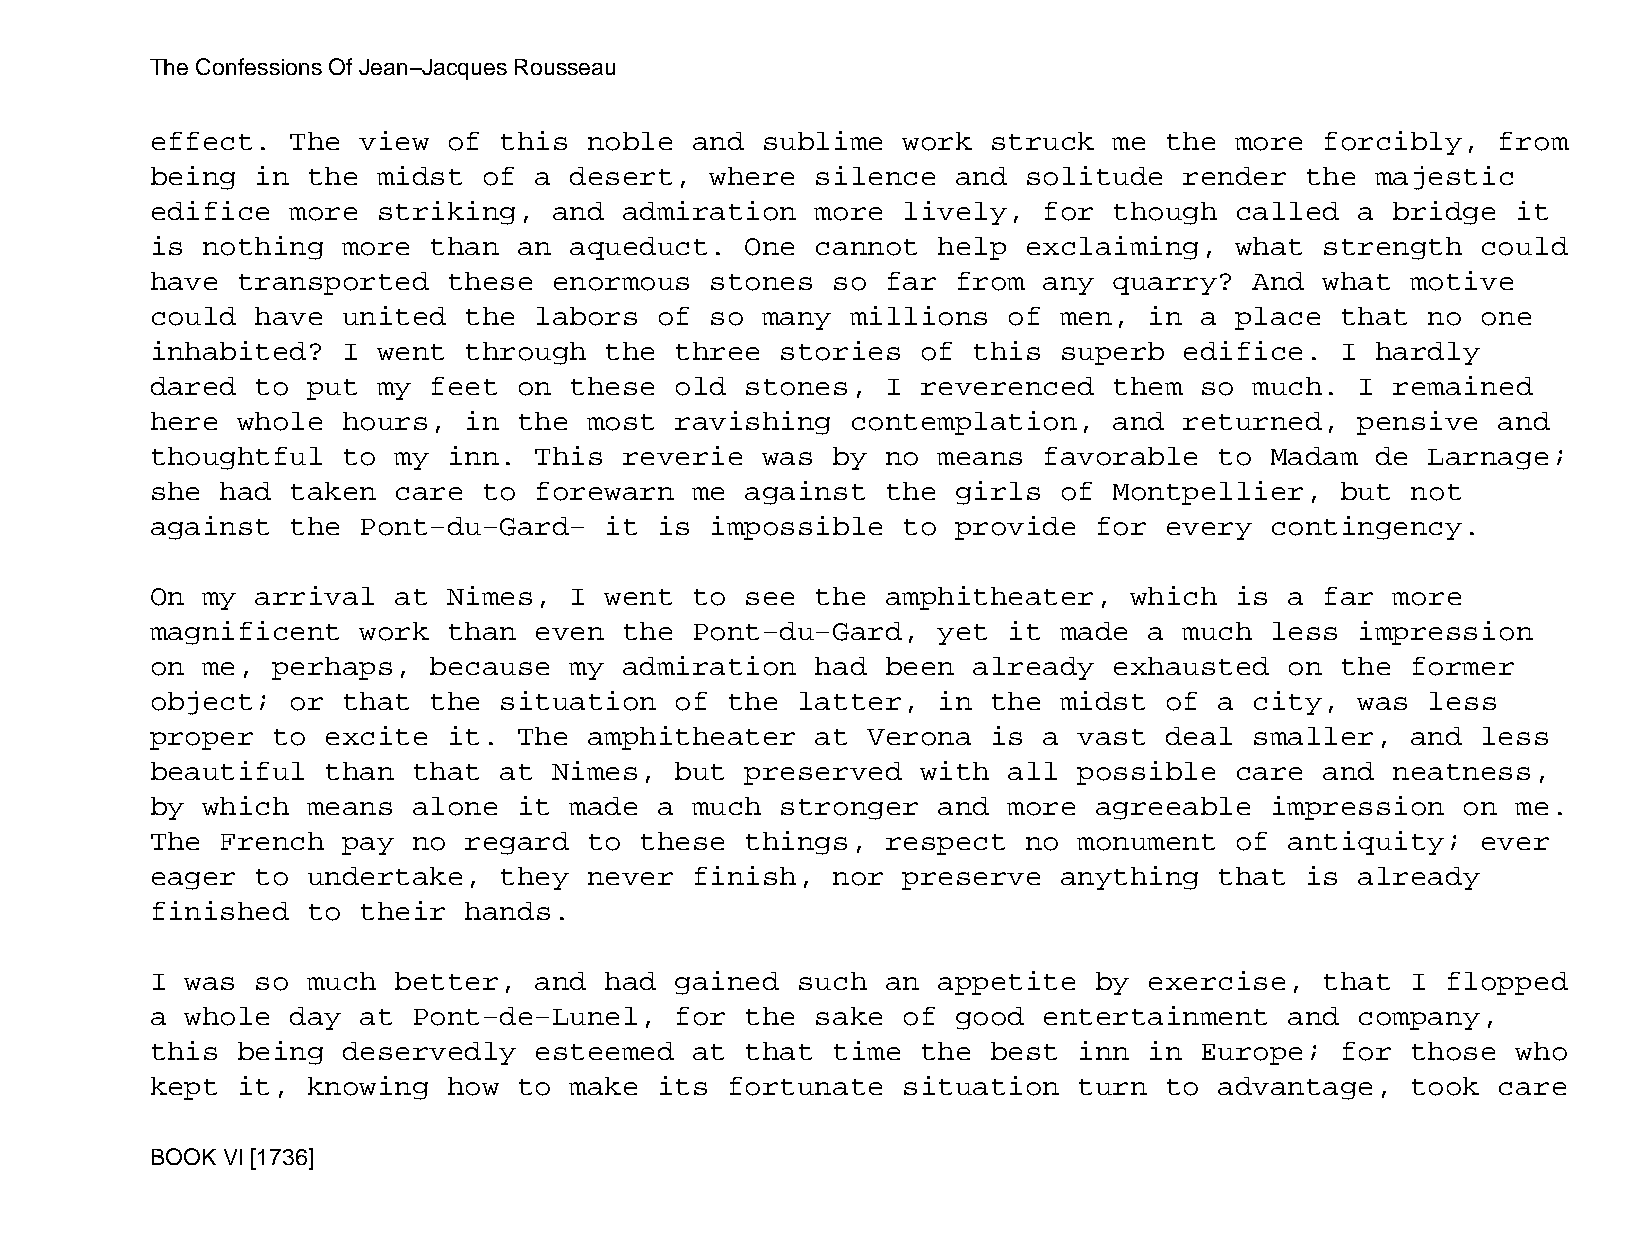
The Confessions Of Jean−Jacques Rousseau
 effect.  The  view  of this  noble  and sublime   work  struck  me the  more  forcibly,  from
 being  in the  midst  of a  desert,  where  silence  and  solitude  render  the  majestic
 edifice  more  striking,   and admiration   more  lively,  for  though  called  a bridge  it
 is nothing   more than  an  aqueduct.  One  cannot  help  exclaiming,   what  strength  could
 have  transported   these  enormous  stones  so  far from  any  quarry?  And  what motive
 could  have  united  the labors   of so many  millions   of men,  in a  place  that  no one
 inhabited?   I went  through  the  three  stories  of this  superb  edifice.   I hardly
 dared  to put  my feet  on  these  old stones,   I reverenced   them so  much.  I remained
 here  whole  hours,  in the  most  ravishing  contemplation,    and returned,   pensive  and
 thoughtful   to my  inn. This  reverie  was  by  no means  favorable   to Madam  de  Larnage;
 she  had taken  care  to forewarn   me against   the girls  of  Montpellier,   but not
 against  the  Pont−du−Gard−   it  is impossible   to provide  for  every  contingency.
 On my  arrival  at  Nimes,  I went  to see  the  amphitheater,   which  is a  far more
 magnificent   work  than even  the  Pont−du−Gard,   yet  it made  a much  less  impression
 on me,  perhaps,  because   my admiration   had  been already   exhausted  on  the former
 object;  or  that the  situation   of the  latter,  in  the midst  of  a city,  was  less
 proper  to  excite  it. The  amphitheater   at Verona   is a vast  deal  smaller,  and  less
 beautiful   than that  at  Nimes,  but preserved   with  all possible   care  and neatness,
 by which  means  alone  it  made  a much  stronger  and  more agreeable   impression   on me.
 The  French  pay no  regard  to these  things,   respect  no monument   of antiquity;   ever
 eager  to undertake,   they  never  finish,  nor  preserve  anything   that is  already
 finished  to  their  hands.
 I was  so much  better,  and  had  gained  such  an appetite  by  exercise,   that I  flopped
 a whole  day  at Pont−de−Lunel,    for the  sake  of good  entertainment   and  company,
 this  being  deservedly  esteemed   at that  time  the  best inn  in Europe;   for those  who
 kept  it, knowing   how to  make  its fortunate   situation  turn  to  advantage,  took  care
 BOOK VI [1736]